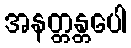
အနတ္တန္တပေါ